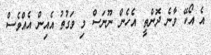
އެ އޯކޭ ވާނެ ދޮންތީ. އެހެން ނޫނަސް މި ވަގުތު އެއިން އެއްވެސް